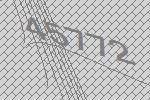
45772